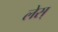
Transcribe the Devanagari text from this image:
लेस्